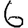
Digit: 6